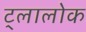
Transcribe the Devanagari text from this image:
ट्लालोक